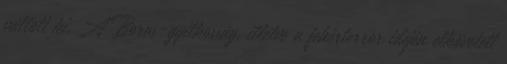
váltott ki. A Boros-gyilkosság, illetve a fehérterror idején elkövetett